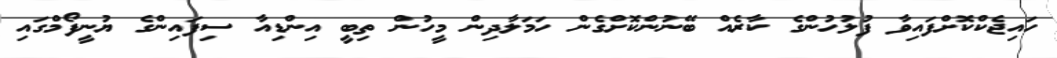
ހައިޖެކްކޮށްފައިވާ ފުލުހުންގެ ކާރެއް ބޭނުންކޮށްގެން ހަމަލާދިން މީހުން ތިބީ އިންޑިއާ ސިފައިންގެ ޔުނީފޯމްގައި